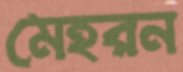
মেহরন